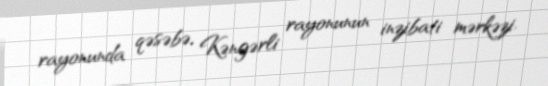
rayonunda qəsəbə, Kəngərli rayonunun inzibati mərkəzi.